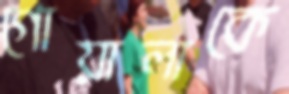
গোয়ালাকে